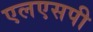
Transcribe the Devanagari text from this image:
एलएसपी